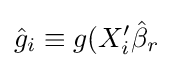
{\hat {g}}_{i}\equiv g(X_{i}'{\hat {\beta }}_{r}